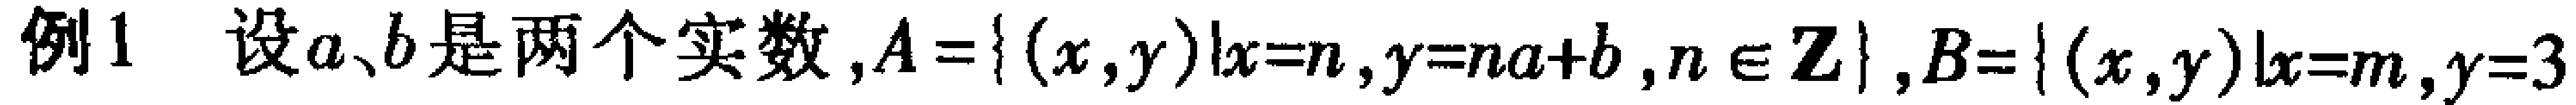
例1 设\(a、b\)是两个实数，\(A = \{ (x,y)|x = n,y = na + b,n\in \mathbf{Z}\}\)，\(B = \{ (x,y)|x = m,y = 3\)